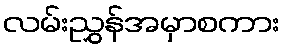
လမ်းညွှန်အမှာစကား